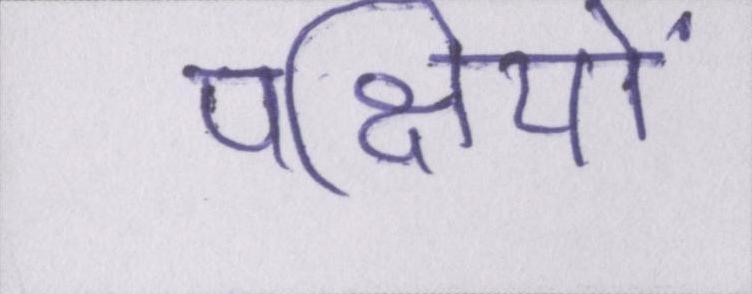
पक्षियों